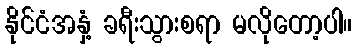
နိုင်ငံအနှံ့ ခရီးသွားစရာ မလိုတော့ပါ။